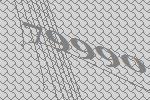
79990